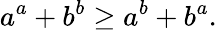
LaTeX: a^{a}+b^{b}\geq a^{b}+b^{a}.